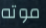
موته